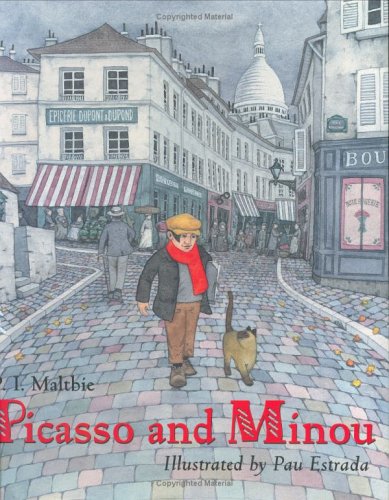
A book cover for Picasso and Minou; P.I. Maltbie; Children's Books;